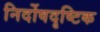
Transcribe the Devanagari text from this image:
निर्दोषदृष्टिक